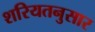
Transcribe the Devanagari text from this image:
शरियतनुसार